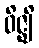
ဝိဇ္ဈိ